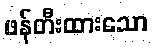
ဖန်တီးထားသော